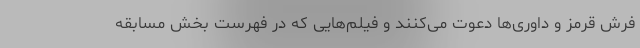
فرش قرمز و داوری‌ها دعوت می‌کنند و فیلم‌هایی که در فهرست بخش مسابقه